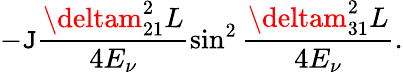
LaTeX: -\mathtt{J}\frac{{\deltam_{21}^{2}L}}{{4E_{\nu}}}\sin^{2}\frac{{\deltam_{31}^{2}L}}{{4E_{\nu}}}.